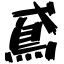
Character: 鳶